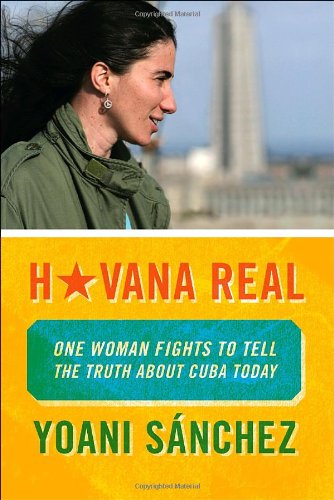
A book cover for Havana Real: One Woman Fights to Tell the Truth about Cuba Today; Yoani Sanchez; History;